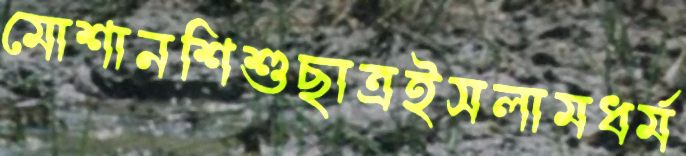
মোশানশিশুছাত্রইসলামধর্ম